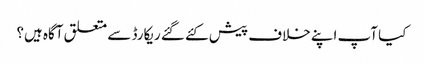
کیا آپ اپنے خلاف پیش کئے گئے ریکارڈ سے متعلق آگاہ ہیں؟